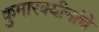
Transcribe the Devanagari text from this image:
कुमारवयीनांचे